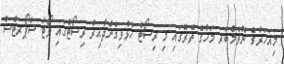
މިއަހަރުގެ ނޮވެމްބަރ މަހުގެ ތެރޭގައި މި ރިސޯޓް ހުޅުވިގެންދާއިރު ރިސޯޓްގައި ވޯޓާ ސްޕޯރޓްސް